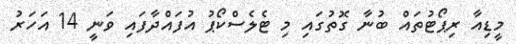
މީޑިއާ ރިޕޯޓުތައް ބުނާ ގޮތުގައި މި ޓެލެސްކޯޕު އުފައްދާފައި ވަނީ 14 އަހަރު